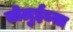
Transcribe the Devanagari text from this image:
तोलुईच्या